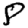
Digit: 8